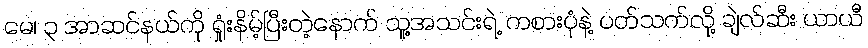
မေ၊ ၃ အာဆင်နယ်ကို ရှုံးနိမ့်ပြီးတဲ့နောက် သူ့အသင်းရဲ့ ကစားပုံနဲ့ ပတ်သက်လို့ ချဲလ်ဆီး ယာယီ